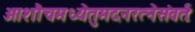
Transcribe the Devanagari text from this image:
आशौचमध्येतुमदनरत्नेसंवर्तः